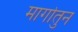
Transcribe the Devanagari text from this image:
मार्गातुन